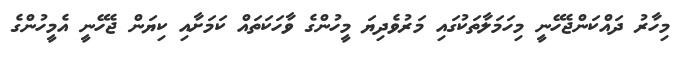
މިހާރު ދައްކަންޖެހޭނީ މިހަމަލާތަކުގައި މަރުވެދިޔަ މީހުންގެ ވާހަކަތައް ކަމަށާއި ކިޔަން ޖެހޭނީ އެމީހުންގެ